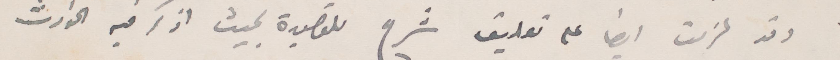
وقد عزمت ايضًأ على تعليق شرح للقصيدة بحيث اذكر فيه الحوادث